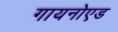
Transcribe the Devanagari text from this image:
गायनोएड